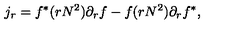
j _ { r } = f ^ { * } ( r N ^ { 2 } ) \partial _ { r } f - f ( r N ^ { 2 } ) \partial _ { r } f ^ { * } ,